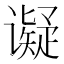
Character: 𬤩